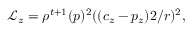
\mathcal { L } _ { z } = \rho ^ { t + 1 } ( p ) ^ { 2 } ( ( c _ { z } - p _ { z } ) 2 / r ) ^ { 2 } ,